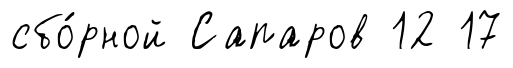
сбо́рной Сапаров 12 17